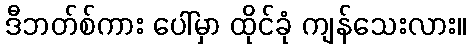
ဒီဘတ်စ်ကား ပေါ်မှာ ထိုင်ခုံ ကျန်သေးလား။